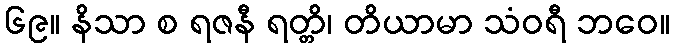
၆၉။ နိသာ စ ရဇနီ ရတ္တိ၊ တိယာမာ သံဝရီ ဘဝေ။